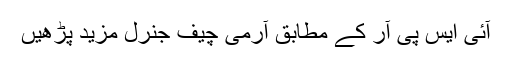
آئی ایس پی آر کے مطابق آرمی چیف جنرل مزید پڑھیں